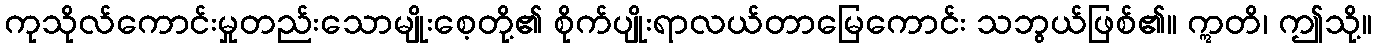
ကုသိုလ်ကောင်းမှုတည်းသောမျိုးစေ့တို့၏ စိုက်ပျိုးရာလယ်တာမြေကောင်း သဘွယ်ဖြစ်၏။ ဣတိ၊ ဤသို့။